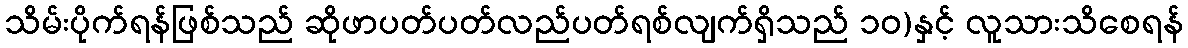
သိမ်းပိုက်ရန်ဖြစ်သည် ဆိုဖာပတ်ပတ်လည်ပတ်ရစ်လျက်ရှိသည် ၁၀)နှင့် လူသားသိစေရန်